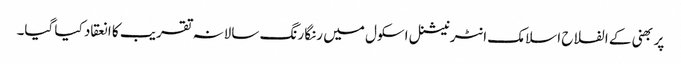
پربھنی کے الفلاح اسلامک انٹرنیشنل اسکول میں رنگا رنگ سالانہ تقریب کا انعقاد کیا گیا۔